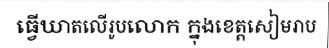
ធ្វើឃាតលើរូបលោក ក្នុងខេត្តសៀមរាប